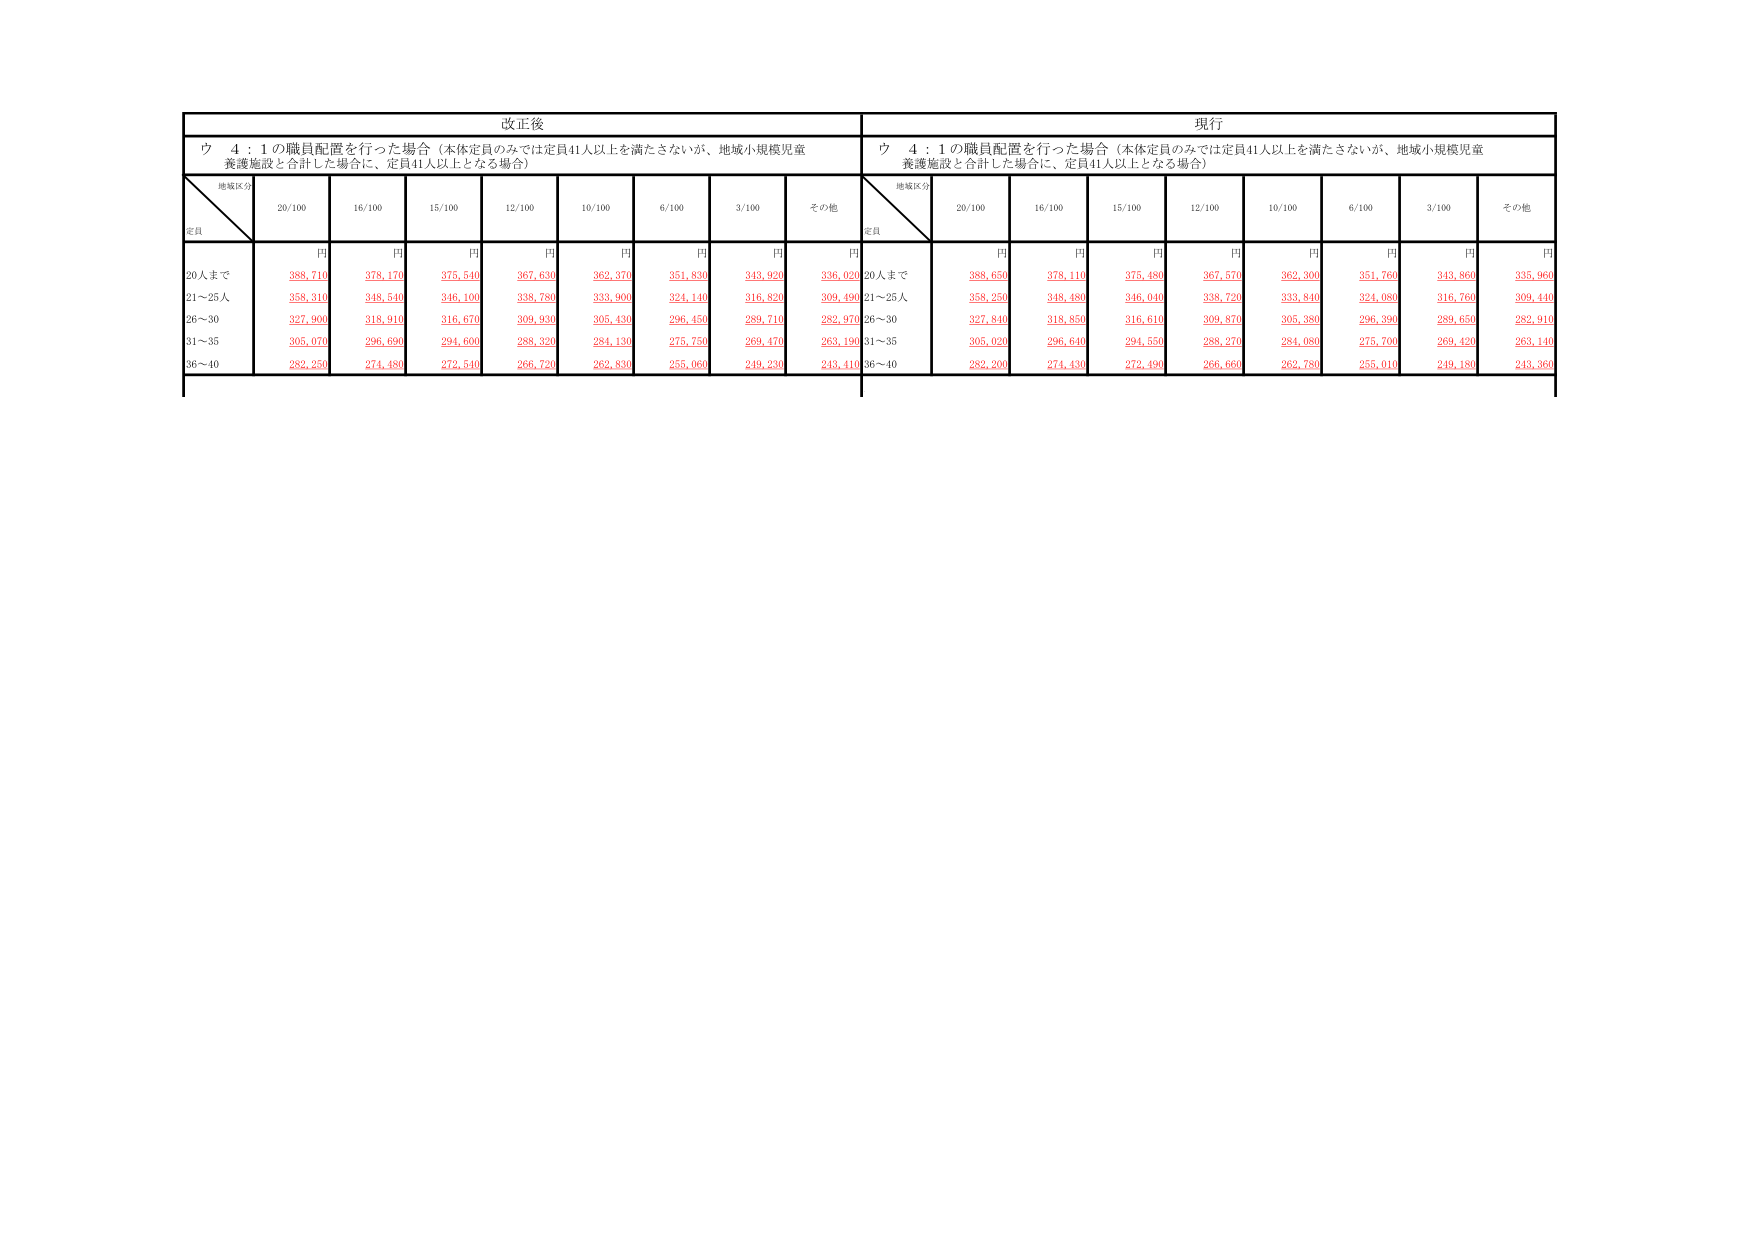
改正後
ウ 4：1の職員配置を行った場合（本体定員のみでは定員41人以上を満たさないが、地域小規模児童
養護施設と合計した場合に、定員41人以上となる場合）
地域区分
定員
20/100
16/100
15/100
12/100
10/100
6/100
3/100
その他
円
円
円
円
円
円
円
円
20人まで
388,710
378,170
375,540
367,630
362,370
351,830
343,920
336,020
21～25人
358,310
348,540
346,100
338,780
333,900
324,140
316,820
309,490
26～30
327,900
318,910
316,670
309,930
305,430
296,450
289,710
282,970
31～35
305,070
296,690
294,600
288,320
284,130
275,750
269,470
263,190
36～40
282,250
274,480
272,540
266,720
262,830
255,060
249,230
243,410
現行
ウ 4：1の職員配置を行った場合（本体定員のみでは定員41人以上を満たさないが、地域小規模児童
養護施設と合計した場合に、定員41人以上となる場合）
地域区分
定員
20/100
16/100
15/100
12/100
10/100
6/100
3/100
その他
円
円
円
円
円
円
円
円
20人まで
388,650
378,110
375,480
367,570
362,300
351,760
343,860
335,960
21～25人
358,250
348,480
346,040
338,720
333,840
324,080
316,760
309,440
26～30
327,840
318,850
316,610
309,870
305,380
296,390
289,650
282,910
31～35
305,020
296,640
294,550
288,270
284,080
275,700
269,420
263,140
36～40
282,200
274,430
272,490
266,660
262,780
255,010
249,180
243,360